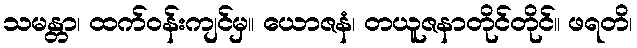
သမန္တာ၊ ထက်ဝန်းကျင်မှ။ ယောဇနံ၊ တယူဇနာတိုင်တိုင်။ ဖရတိ၊